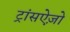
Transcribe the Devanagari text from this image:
ट्रांसऐज़ो